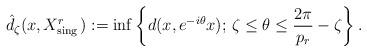
LaTeX: \begin{align*}\hat d_\zeta(x,X^r_{\mathrm{sing\,}}):=\inf\left\{d(x,e^{-i\theta}x);\,\zeta\leq\theta\leq\frac{2\pi}{p_r}-\zeta\right\}.\end{align*}